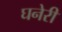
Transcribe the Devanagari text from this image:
घनेरी